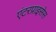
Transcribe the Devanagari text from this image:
एंटरप्राइसेस